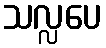
သလ္လပေ